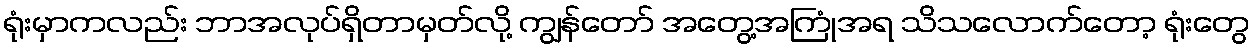
ရုံးမှာကလည်း ဘာအလုပ်ရှိတာမှတ်လို့ ကျွန်တော် အတွေ့အကြုံအရ သိသလောက်တော့ ရုံးတွေ